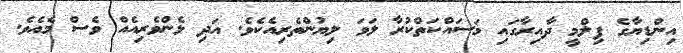
އިންޑިޔާގެ ފިލްމީ ދާއިރާގައި މަސައްކަތްކުރާ ލަވަ ލިޔުންތެރިއެކެވެ. އަދި ޅެންވެރިއެއް ވެސް މެއެވެ.